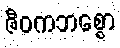
ဇီဝကဘစ္စော